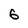
Character: 6